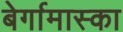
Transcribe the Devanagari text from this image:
बेर्गामास्का